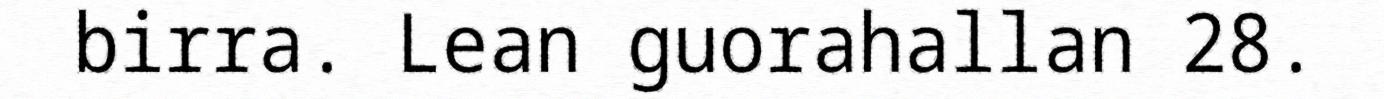
birra. Lean guorahallan 28.